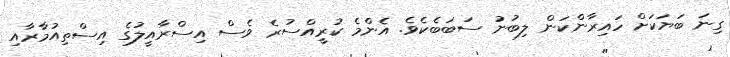
ގިނަ ބަޔަކަށް ހައިރާންކަން ލިބުނު ސަބަބެކެވެ. އެންމެ ކުރީއްސުރެ ވެސް އިސްރާއީލުގެ އިސްތިއުމާރާއި